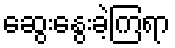
ဆွေးနွေးခဲ့ကြရာ